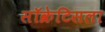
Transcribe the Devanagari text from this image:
सॉक्रेटिसला